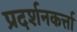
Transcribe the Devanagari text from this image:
प्रदर्शनकर्त्ता